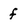
Character: f